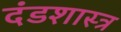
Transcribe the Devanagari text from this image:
दंडशास्त्र